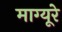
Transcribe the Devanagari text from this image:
माग्यूरे